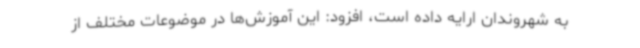
به شهروندان ارایه داده است، افزود: این آموزش‌ها در موضوعات مختلف از